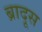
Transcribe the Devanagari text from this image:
ब्रादूस